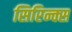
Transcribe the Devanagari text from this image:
सिरिन्क्स